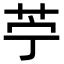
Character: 苧